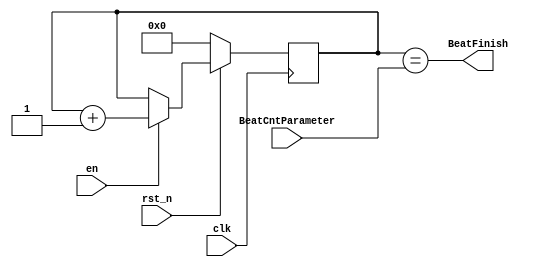
module BeatCnt(input wire clk,rst_n,en,
               input wire[27:0] BeatCntParameter,
               output wire BeatFinish);

    reg[27:0] cnt;

    always @(posedge clk) begin
        if(!rst_n)begin
            cnt <= 28'b0;
        end
        else if(en)begin
            cnt <= cnt+1'b1;
        end
    end

    assign BeatFinish = (cnt == BeatCntParameter);

endmodule